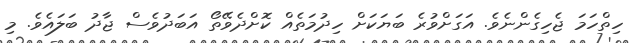
ހިތްހަމަ ޖެހިގެންނެވެ. އަގަށްވުރެ ބަޔަކަށް ހިދުމަތެއް ކޮށްދެވޭތޯ އަބަދުވެސް ޖާދު ބަލައެވެ. މި